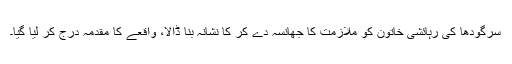
سرگودھا کی رہائشی خاتون کو ملازمت کا جھانسہ دے کر کا نشانہ بنا ڈالا، واقعے کا مقدمہ درج کر لیا گیا۔